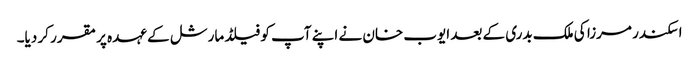
اسکندر مرزا کی ملک بدری کے بعد ایوب خان نے اپنے آپ کو فیلڈ مارشل کے عہدہ پر مقرر کر دیا۔